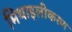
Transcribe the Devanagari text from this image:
मिथाइलीकरण